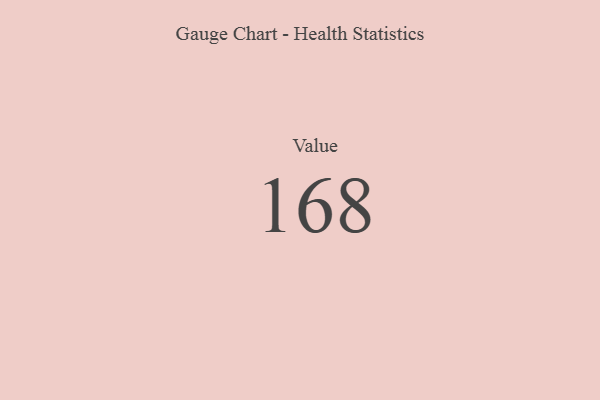
{"axis": {"x": "Metric", "y": "Value"}, "legend": [""], "data": [{"x": "Value", "y": 168, "type": ""}]}